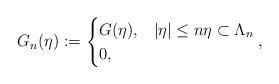
LaTeX: \begin{align*} G_n(\eta) := \begin{cases}G(\eta), & |\eta| \leq n \eta \subset \Lambda_n\\ 0, & \end{cases}, \end{align*}